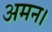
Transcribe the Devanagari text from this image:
अमन।